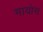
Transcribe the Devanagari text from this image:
मायोस